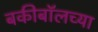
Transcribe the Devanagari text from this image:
बकीबॉलच्या